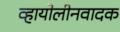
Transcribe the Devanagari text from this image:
व्हायोलीनवादक